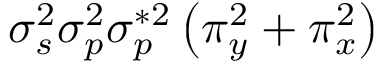
\sigma _ { s } ^ { 2 } \sigma _ { p } ^ { 2 } \sigma _ { p } ^ { * 2 } \left( \pi _ { y } ^ { 2 } + \pi _ { x } ^ { 2 } \right)